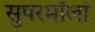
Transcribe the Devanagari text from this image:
सुपरमॉलों